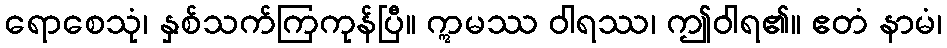
ရောစေသုံ၊ နှစ်သက်ကြကုန်ပြီ။ ဣမဿ ဝါရဿ၊ ဤဝါရ၏။ ဧတံ နာမံ၊